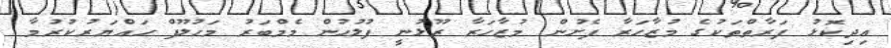
އިދިކޮޅު ފަރާތްތަކުގެ މުޒާހަރާ ފެށުން މުޒާހަރާ ރޫޅުނީ ފުލުހުން މެމްބަރު މަހުލޫފް ހައްޔަރުކުުުރުމާ